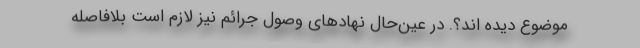
موضوع دیده اند؟. در عین‌حال نهادهای وصول جرائم نیز لازم است بلافاصله